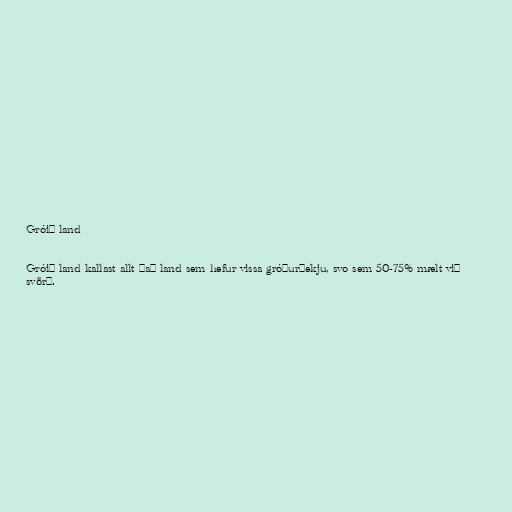
Gróið land

Gróið land kallast allt það land sem hefur vissa gróðurþekju, svo sem 50-75% mælt við
svörð.